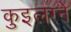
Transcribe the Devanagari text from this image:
कुइलग्ने